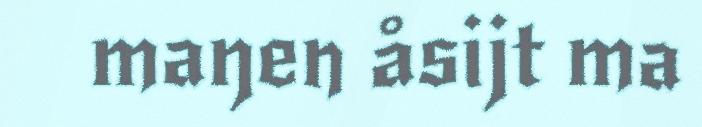
maŋen åsijt ma